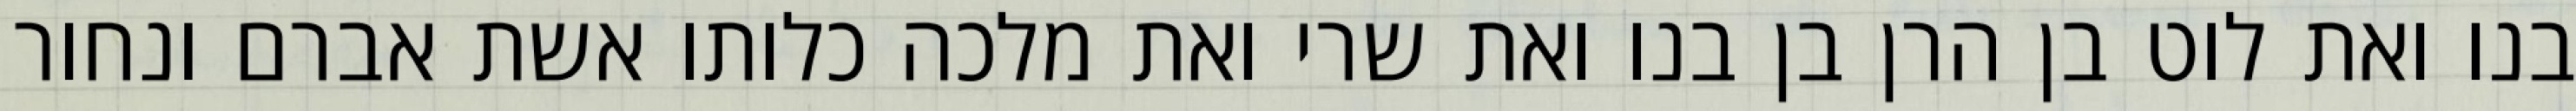
בנו ואת לוט בן הרן בן בנו ואת שרי ואת מלכה כלותו אשת אברם ונחור